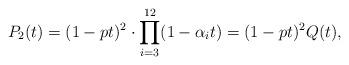
LaTeX: \begin{align*}P_2(t) = (1-pt)^2\cdot \prod_{i=3}^{12}(1-\alpha_i t) = (1-pt)^2Q(t),\end{align*}